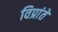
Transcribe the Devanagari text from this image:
विप्रांते